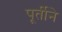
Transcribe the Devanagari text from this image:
पूर्तीने